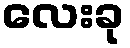
လေးခု